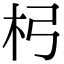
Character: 杛